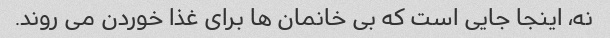
نه، اینجا جایی است که بی خانمان ها برای غذا خوردن می روند.